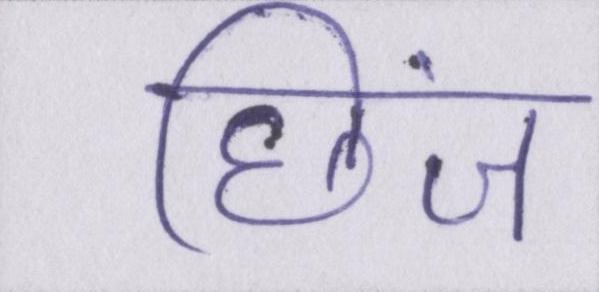
छिंज